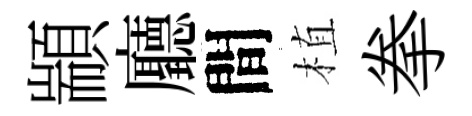
顓廳間植拳